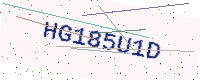
Text: HG185U1D